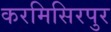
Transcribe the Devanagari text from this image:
करमिसिरपुर